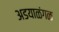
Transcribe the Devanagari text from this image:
अडयाळंगळ